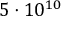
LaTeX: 5 \cdot 1 0 ^ { 1 0 }